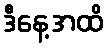
ဒီနေ့အထိ